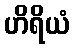
ဟိရိယံ